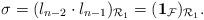
LaTeX: \begin{align*} \sigma = (l_{n-2} \cdot l_{n-1} )_{\mathcal{R}_1}=({{\bf 1} }_{\mathcal{F} })_{\mathcal{R}_1}.\end{align*}